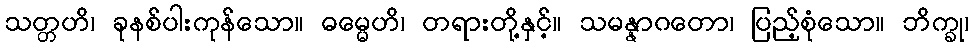
သတ္တဟိ၊ ခုနစ်ပါးကုန်သော။ ဓမ္မေဟိ၊ တရားတို့နှင့်။ သမန္နာဂတော၊ ပြည့်စုံသော။ ဘိက္ခု၊